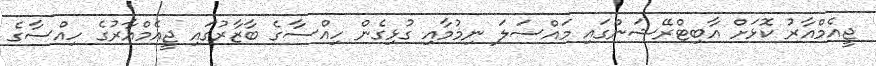
ޖީއެމްއާރު ކޮޅަށް އާބިޓްރޭޝަންގައި މައްސަލަ ނިމުމާއި ގުޅިގެން ހިއްސާގެ ބާޒާރުގައި ޖީއެމްއާރުގެ ހިއްސާގެ